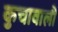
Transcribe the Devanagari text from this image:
कुचावाली